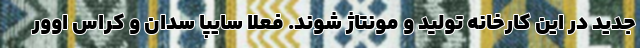
جدید در این کارخانه تولید و مونتاژ شوند. فعلاً سایپا سدان و کراس اوور